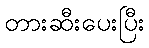
တားဆီးပေးပြီး